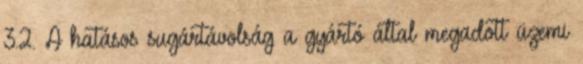
3.2. A hatásos sugártávolság a gyártó által megadott üzemi